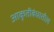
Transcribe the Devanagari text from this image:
आकृतीबंधातील